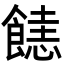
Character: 𩝤